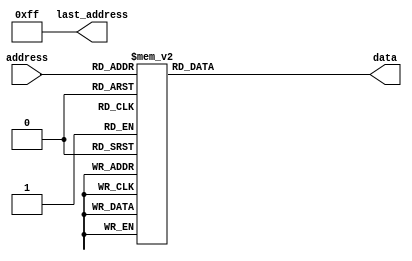
module piano_scale_rom (input [7:0] address, output reg [23:0] data, output [7:0] last_address);
  assign last_address = 255;
  always @ (*) begin
    case(address)
      8'd0: data = 24'd0;
      8'd1: data = 24'd0;
      8'd2: data = 24'd0;
      8'd3: data = 24'd0;
      8'd4: data = 24'd0;
      8'd5: data = 24'd0;
      8'd6: data = 24'd0;
      8'd7: data = 24'd0;
      8'd8: data = 24'd0;
      8'd9: data = 24'd0;
      8'd10: data = 24'd0;
      8'd11: data = 24'd0;
      8'd12: data = 24'd0;
      8'd13: data = 24'd0;
      8'd14: data = 24'd0;
      8'd15: data = 24'd0;
      8'd16: data = 24'd0;
      8'd17: data = 24'd0;
      8'd18: data = 24'd0;
      8'd19: data = 24'd0;
      8'd20: data = 24'd0;
      8'd21: data = 24'd0;
      8'd22: data = 24'd0;
      8'd23: data = 24'd0;
      8'd24: data = 24'd0;
      8'd25: data = 24'd0;
      8'd26: data = 24'd0;
      8'd27: data = 24'd0;
      8'd28: data = 24'd0;
      8'd29: data = 24'd0;
      8'd30: data = 24'd0;
      8'd31: data = 24'd0;
      8'd32: data = 24'd0;
      8'd33: data = 24'd0;
      8'd34: data = 24'd0;
      8'd35: data = 24'd100441;
      8'd36: data = 24'd0;
      8'd37: data = 24'd84461;
      8'd38: data = 24'd67036;
      8'd39: data = 24'd0;
      8'd40: data = 24'd0;
      8'd41: data = 24'd0;
      8'd42: data = 24'd0;
      8'd43: data = 24'd0;
      8'd44: data = 24'd238891;
      8'd45: data = 24'd0;
      8'd46: data = 24'd0;
      8'd47: data = 24'd0;
      8'd48: data = 24'd0;
      8'd49: data = 24'd0;
      8'd50: data = 24'd225483;
      8'd51: data = 24'd200883;
      8'd52: data = 24'd0;
      8'd53: data = 24'd168922;
      8'd54: data = 24'd150492;
      8'd55: data = 24'd134073;
      8'd56: data = 24'd0;
      8'd57: data = 24'd0;
      8'd58: data = 24'd0;
      8'd59: data = 24'd0;
      8'd60: data = 24'd477781;
      8'd61: data = 24'd0;
      8'd62: data = 24'd0;
      8'd63: data = 24'd0;
      8'd64: data = 24'd112742;
      8'd65: data = 24'd0;
      8'd66: data = 24'd637762;
      8'd67: data = 24'd758432;
      8'd68: data = 24'd803531;
      8'd69: data = 24'd94804;
      8'd70: data = 24'd0;
      8'd71: data = 24'd675686;
      8'd72: data = 24'd601969;
      8'd73: data = 24'd59723;
      8'd74: data = 24'd536292;
      8'd75: data = 24'd0;
      8'd76: data = 24'd0;
      8'd77: data = 24'd506192;
      8'd78: data = 24'd568182;
      8'd79: data = 24'd0;
      8'd80: data = 24'd0;
      8'd81: data = 24'd119446;
      8'd82: data = 24'd89483;
      8'd83: data = 24'd901932;
      8'd84: data = 24'd79720;
      8'd85: data = 24'd63274;
      8'd86: data = 24'd715864;
      8'd87: data = 24'd106414;
      8'd88: data = 24'd851311;
      8'd89: data = 24'd71023;
      8'd90: data = 24'd955564;
      8'd91: data = 24'd0;
      8'd92: data = 24'd0;
      8'd93: data = 24'd0;
      8'd94: data = 24'd75246;
      8'd95: data = 24'd0;
      8'd96: data = 24'd0;
      8'd97: data = 24'd0;
      8'd98: data = 24'd318881;
      8'd99: data = 24'd379215;
      8'd100: data = 24'd401766;
      8'd101: data = 24'd189608;
      8'd102: data = 24'd0;
      8'd103: data = 24'd337843;
      8'd104: data = 24'd300984;
      8'd105: data = 24'd119446;
      8'd106: data = 24'd268146;
      8'd107: data = 24'd0;
      8'd108: data = 24'd0;
      8'd109: data = 24'd253096;
      8'd110: data = 24'd284091;
      8'd111: data = 24'd0;
      8'd112: data = 24'd0;
      8'd113: data = 24'd238891;
      8'd114: data = 24'd178966;
      8'd115: data = 24'd450967;
      8'd116: data = 24'd159795;
      8'd117: data = 24'd126548;
      8'd118: data = 24'd357932;
      8'd119: data = 24'd212828;
      8'd120: data = 24'd425657;
      8'd121: data = 24'd142045;
      8'd122: data = 24'd477781;
      8'd123: data = 24'd0;
      8'd124: data = 24'd0;
      8'd125: data = 24'd0;
      8'd126: data = 24'd0;
      8'd127: data = 24'd0;
      8'd128: data = 24'd0;
      8'd129: data = 24'd0;
      8'd130: data = 24'd0;
      8'd131: data = 24'd0;
      8'd132: data = 24'd0;
      8'd133: data = 24'd0;
      8'd134: data = 24'd0;
      8'd135: data = 24'd0;
      8'd136: data = 24'd0;
      8'd137: data = 24'd0;
      8'd138: data = 24'd0;
      8'd139: data = 24'd0;
      8'd140: data = 24'd0;
      8'd141: data = 24'd0;
      8'd142: data = 24'd0;
      8'd143: data = 24'd0;
      8'd144: data = 24'd0;
      8'd145: data = 24'd0;
      8'd146: data = 24'd0;
      8'd147: data = 24'd0;
      8'd148: data = 24'd0;
      8'd149: data = 24'd0;
      8'd150: data = 24'd0;
      8'd151: data = 24'd0;
      8'd152: data = 24'd0;
      8'd153: data = 24'd0;
      8'd154: data = 24'd0;
      8'd155: data = 24'd0;
      8'd156: data = 24'd0;
      8'd157: data = 24'd0;
      8'd158: data = 24'd0;
      8'd159: data = 24'd0;
      8'd160: data = 24'd0;
      8'd161: data = 24'd0;
      8'd162: data = 24'd0;
      8'd163: data = 24'd0;
      8'd164: data = 24'd0;
      8'd165: data = 24'd0;
      8'd166: data = 24'd0;
      8'd167: data = 24'd0;
      8'd168: data = 24'd0;
      8'd169: data = 24'd0;
      8'd170: data = 24'd0;
      8'd171: data = 24'd0;
      8'd172: data = 24'd0;
      8'd173: data = 24'd0;
      8'd174: data = 24'd0;
      8'd175: data = 24'd0;
      8'd176: data = 24'd0;
      8'd177: data = 24'd0;
      8'd178: data = 24'd0;
      8'd179: data = 24'd0;
      8'd180: data = 24'd0;
      8'd181: data = 24'd0;
      8'd182: data = 24'd0;
      8'd183: data = 24'd0;
      8'd184: data = 24'd0;
      8'd185: data = 24'd0;
      8'd186: data = 24'd0;
      8'd187: data = 24'd0;
      8'd188: data = 24'd0;
      8'd189: data = 24'd0;
      8'd190: data = 24'd0;
      8'd191: data = 24'd0;
      8'd192: data = 24'd0;
      8'd193: data = 24'd0;
      8'd194: data = 24'd0;
      8'd195: data = 24'd0;
      8'd196: data = 24'd0;
      8'd197: data = 24'd0;
      8'd198: data = 24'd0;
      8'd199: data = 24'd0;
      8'd200: data = 24'd0;
      8'd201: data = 24'd0;
      8'd202: data = 24'd0;
      8'd203: data = 24'd0;
      8'd204: data = 24'd0;
      8'd205: data = 24'd0;
      8'd206: data = 24'd0;
      8'd207: data = 24'd0;
      8'd208: data = 24'd0;
      8'd209: data = 24'd0;
      8'd210: data = 24'd0;
      8'd211: data = 24'd0;
      8'd212: data = 24'd0;
      8'd213: data = 24'd0;
      8'd214: data = 24'd0;
      8'd215: data = 24'd0;
      8'd216: data = 24'd0;
      8'd217: data = 24'd0;
      8'd218: data = 24'd0;
      8'd219: data = 24'd0;
      8'd220: data = 24'd0;
      8'd221: data = 24'd0;
      8'd222: data = 24'd0;
      8'd223: data = 24'd0;
      8'd224: data = 24'd0;
      8'd225: data = 24'd0;
      8'd226: data = 24'd0;
      8'd227: data = 24'd0;
      8'd228: data = 24'd0;
      8'd229: data = 24'd0;
      8'd230: data = 24'd0;
      8'd231: data = 24'd0;
      8'd232: data = 24'd0;
      8'd233: data = 24'd0;
      8'd234: data = 24'd0;
      8'd235: data = 24'd0;
      8'd236: data = 24'd0;
      8'd237: data = 24'd0;
      8'd238: data = 24'd0;
      8'd239: data = 24'd0;
      8'd240: data = 24'd0;
      8'd241: data = 24'd0;
      8'd242: data = 24'd0;
      8'd243: data = 24'd0;
      8'd244: data = 24'd0;
      8'd245: data = 24'd0;
      8'd246: data = 24'd0;
      8'd247: data = 24'd0;
      8'd248: data = 24'd0;
      8'd249: data = 24'd0;
      8'd250: data = 24'd0;
      8'd251: data = 24'd0;
      8'd252: data = 24'd0;
      8'd253: data = 24'd0;
      8'd254: data = 24'd0;
      8'd255: data = 24'd0;
    endcase
  end
endmodule